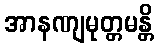
အာနဏျမုတ္တမန္တိ